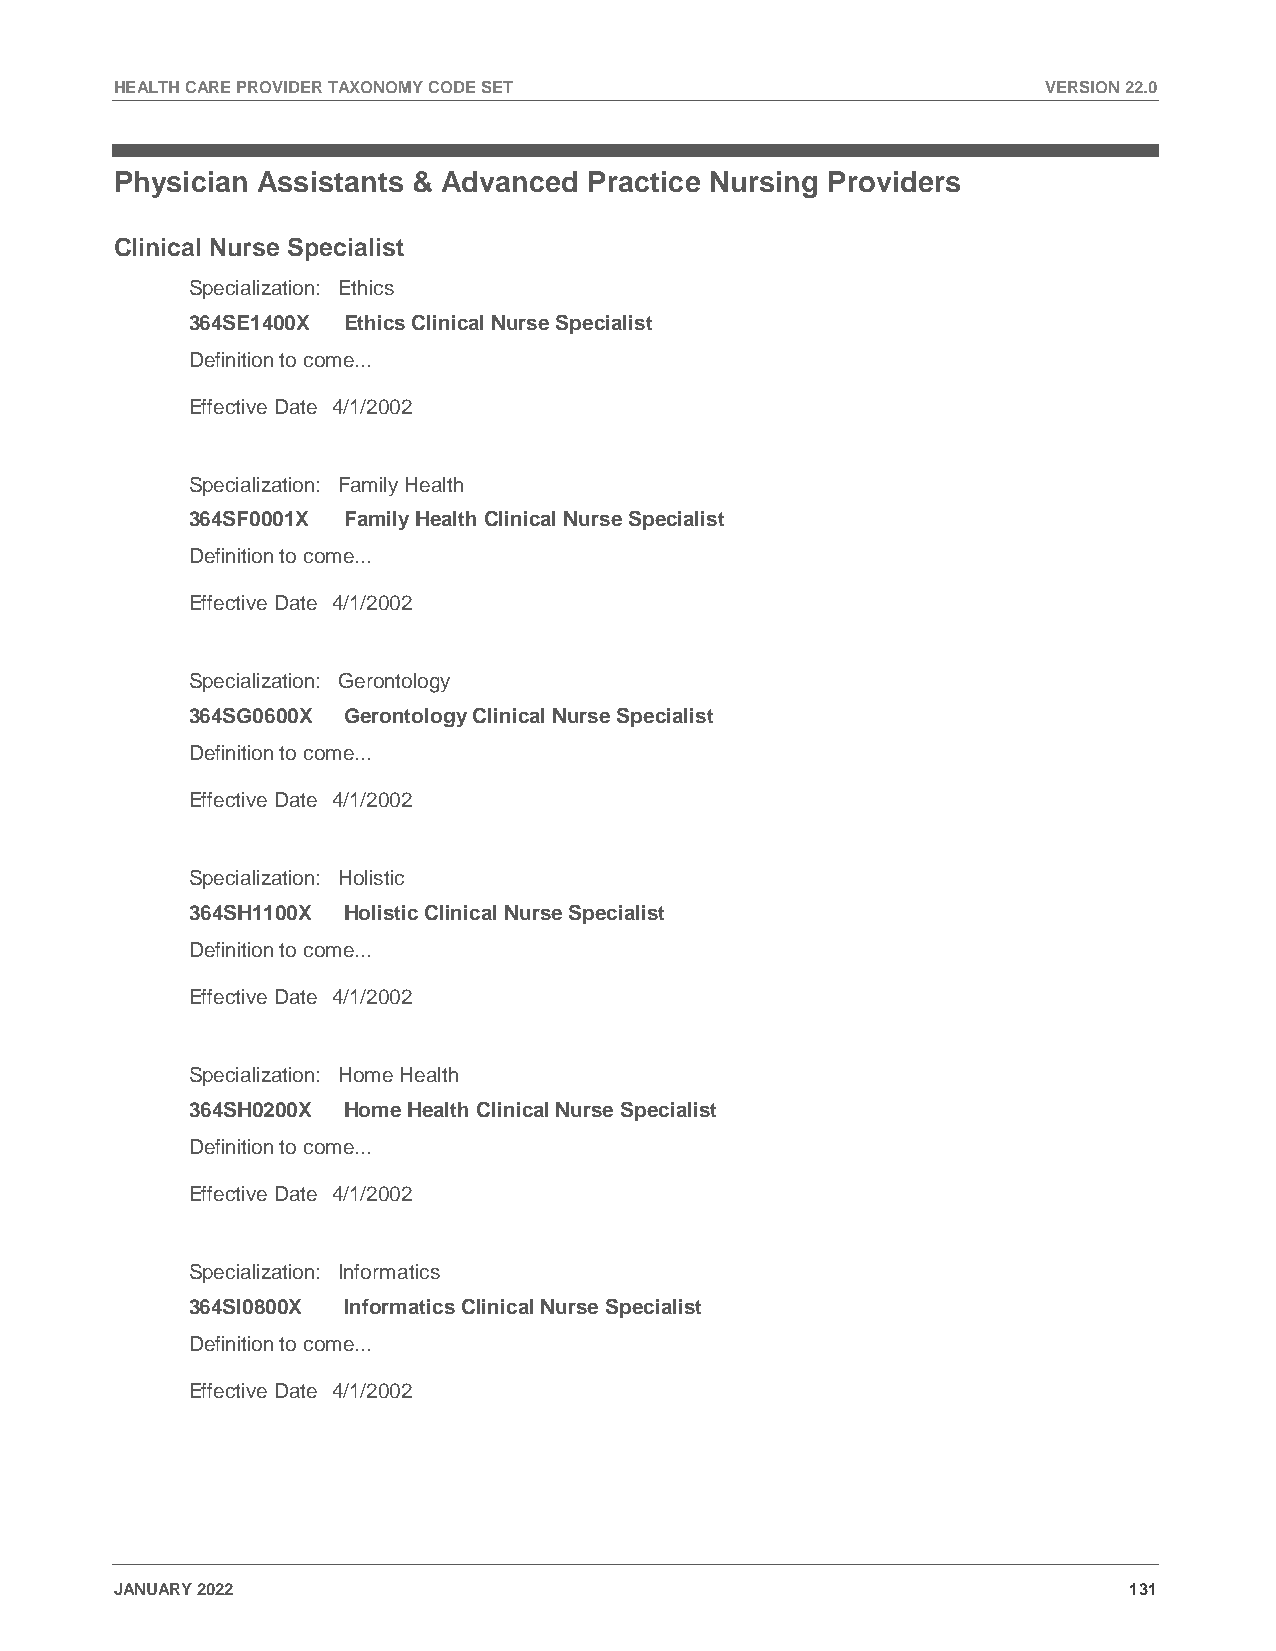
HEALTH CARE PROVIDER TAXONOMY CODE SET                       VERSION 22.0
 Physician Assistants & Advanced Practice Nursing Providers
 Clinical Nurse Specialist
 Specialization: Ethics
 364SE1400X Ethics Clinical Nurse Specialist
 Definition to come...
 Effective Date 4/1/2002
 Specialization: Family Health
 364SF0001X Family Health Clinical Nurse Specialist
 Definition to come...
 Effective Date 4/1/2002
 Specialization: Gerontology
 364SG0600X Gerontology Clinical Nurse Specialist
 Definition to come...
 Effective Date 4/1/2002
 Specialization: Holistic
 364SH1100X Holistic Clinical Nurse Specialist
 Definition to come...
 Effective Date 4/1/2002
 Specialization: Home Health
 364SH0200X Home Health Clinical Nurse Specialist
 Definition to come...
 Effective Date 4/1/2002
 Specialization: Informatics
 364SI0800X Informatics Clinical Nurse Specialist
 Definition to come...
 Effective Date 4/1/2002
 JANUARY 2022                                                       131